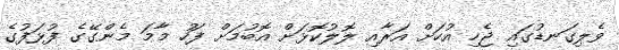
ވެލިގަނޑުގައި ޖެހި އުހަށް އަރާއި ލޮލުކޮޅަށް އޮބުމަށް ފަހު މާމަ މެންގޭގެ ފުޅަފުގެ